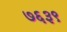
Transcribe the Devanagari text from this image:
७६३९